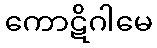
ကောဋိဂါမေ